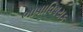
ભાષાવિષયક